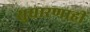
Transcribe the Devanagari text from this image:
सुधारणाही